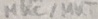
Text: MKC/MKT